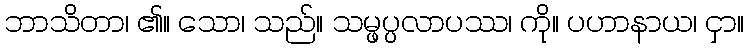
ဘာသိတာ၊ ၏။ သော၊ သည်။ သမ္ဖပ္ပလာပဿ၊ ကို။ ပဟာနာယ၊ ငှာ။